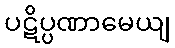
ပဋိပ္ပဏာမေယျ